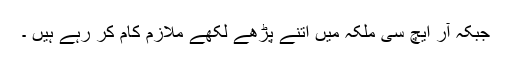
جبکہ آر ایچ سی ملکہ میں اتنے پڑھے لکھے ملازم کام کر رہے ہیں ۔